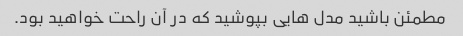
مطمئن باشید مدل هایی بپوشید که در آن راحت خواهید بود.